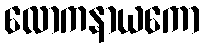
လောကနာယကော